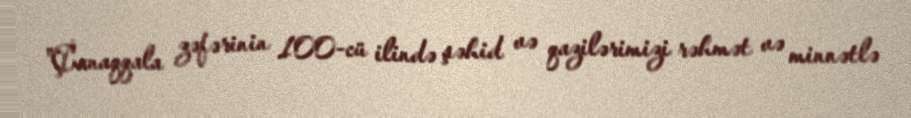
"Çanaqqala zəfərinin 100-cü ilində şəhid və qazilərimizi rəhmət və minnətlə